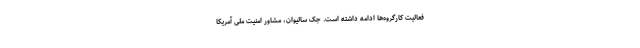
فعالیت کارگروه‌ها ادامه داشته است. جک سالیوان، مشاور امنیت ملی آمریکا